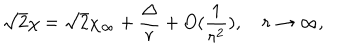
\sqrt { 2 } \chi = \sqrt { 2 } \chi _ { \infty } + \frac { \Delta } { r } + O ( \frac { 1 } { r ^ { 2 } } ) , \quad r \rightarrow \infty ,